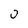
Character: 0